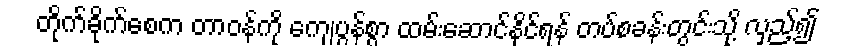
တိုက်ခိုက်စေက တာဝန်ကို ကျေပွန်စွာ ထမ်းဆောင်နိုင်ရန် တပ်စခန်းတွင်းသို့ လှည့်၍